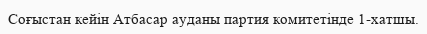
Соғыстан кейін Атбасар ауданы партия комитетінде 1-хатшы.